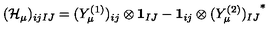
( { \cal H } _ { \mu } ) _ { i j I J } = ( Y _ { \mu } ^ { ( 1 ) } ) _ { i j } \otimes { \bf 1 } _ { I J } - { \bf 1 } _ { i j } \otimes { ( Y _ { \mu } ^ { ( 2 ) } ) _ { I J } } ^ { * }